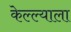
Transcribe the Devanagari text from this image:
केल्ल्याला